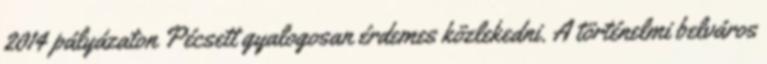
2014 pályázaton Pécsett gyalogosan érdemes közlekedni. A történelmi belváros